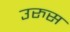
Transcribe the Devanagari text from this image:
उरुस